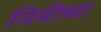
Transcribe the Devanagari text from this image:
निमीच्या